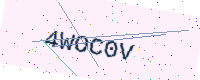
Text: 4WOC0V